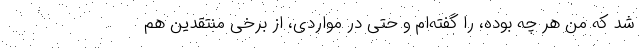
شد که من هر چه بوده، را گفته‌ام و حتی در مواردی، از برخی منتقدین هم